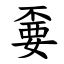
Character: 嫑